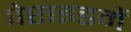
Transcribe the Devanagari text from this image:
पेप्टाइडमें